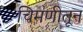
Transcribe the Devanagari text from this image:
चिमणीतून